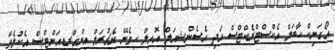
އޯގަނިކް ހާބަލް އެކްސްޓްރެކްޓްސް އަދި އެސެންޝިއަލް އޮއިލް ހިމެނޭ ނެޗުރަލް އިންގްރީޑިއަންޓްސް އެކުލެވޭ